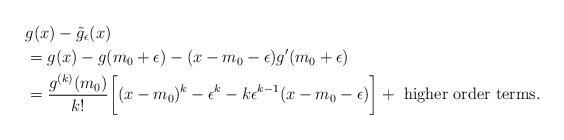
LaTeX: \begin{align*}&g(x)-\tilde{g}_\epsilon(x)\\&= g(x)-g(m_0+\epsilon)-(x-m_0-\epsilon)g'(m_0+\epsilon)\\&=\frac{g^{(k)}(m_0)}{k!}\bigg[(x-m_0)^k-\epsilon^k-k\epsilon^{k-1}(x-m_0-\epsilon)\bigg]+\textrm{ higher order terms}.\end{align*}